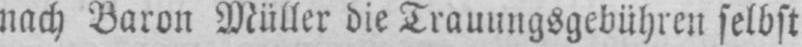
nach Baron Müller die Trauungsgebühren selbst